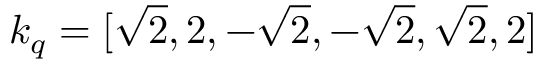
k _ { q } = [ \sqrt { 2 } , 2 , - \sqrt { 2 } , - \sqrt { 2 } , \sqrt { 2 } , 2 ]